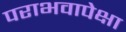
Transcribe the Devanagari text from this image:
पराभवापेक्षा